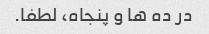
در ده ها و پنجاه، لطفا.